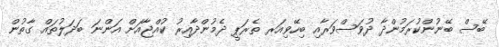
ބޭސް ބޭނުންކުރަމުންދާ ދުވަސްވަރާއި ބިހޭވިއަރ ތެރަޕީ ދެމުންދާއިރު ކުއްޖާއަށް އަންނަ ބަދަލުތައް ގާތުން